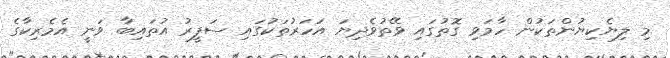
މި ލިޔެކިޔުންތަކުން ހާމަވި ގޮތުގައި ވޭތުވެދިޔަ އަހަރުތަކުގައި ސަފީރު އުތައިބާ ވަނީ އެމެރިކާގެ